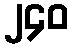
၂၄၀